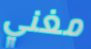
مغني